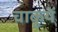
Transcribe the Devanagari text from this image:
चाकुयें